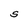
Character: S